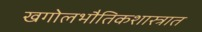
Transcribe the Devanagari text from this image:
खगोलभौतिकशास्त्रात